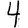
Digit: 4